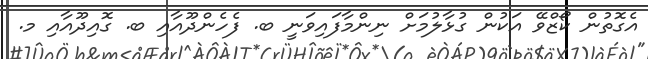
އެގޮތުން ކޯޒްވޭ އަކުން ގުޅާލުމަށް ނިންމާފައިވަނީ ބ. ފެހެންދޫއާއި ބ. ގޮއިދޫއާއި މ.